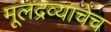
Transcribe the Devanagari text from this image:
मूलद्रव्याचेच